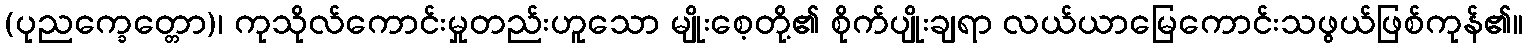
(ပုညက္ခေတ္တော)၊ ကုသိုလ်ကောင်းမှုတည်းဟူသော မျိုးစေ့တို့၏ စိုက်ပျိုးချရာ လယ်ယာမြေကောင်းသဖွယ်ဖြစ်ကုန်၏။